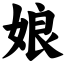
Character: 娘